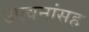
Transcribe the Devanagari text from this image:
उपवनांसह